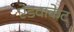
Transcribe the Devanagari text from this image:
ऐडवाकेट